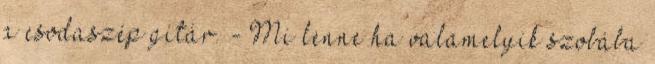
a csodaszép gitár. - Mi lenne ha valamelyik szobába